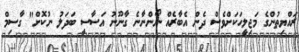
ރައްޔިތުންގެ މަޖިލީހަކަށްވެސް ދެން އެބާރެއް ނޯންނާނެ ގާނޫނު އަސާސީ ބަދަލު ނުކޮށް" ގާސިމް